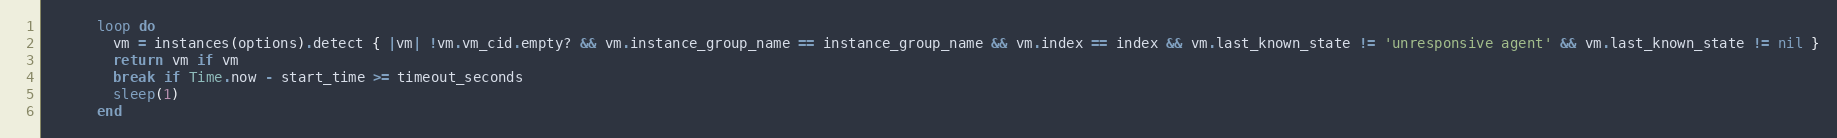
Language: Ruby
      loop do
        vm = instances(options).detect { |vm| !vm.vm_cid.empty? && vm.instance_group_name == instance_group_name && vm.index == index && vm.last_known_state != 'unresponsive agent' && vm.last_known_state != nil }
        return vm if vm
        break if Time.now - start_time >= timeout_seconds
        sleep(1)
      end